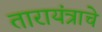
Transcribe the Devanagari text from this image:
तारायंत्राचे